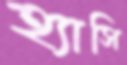
হ্যাসি